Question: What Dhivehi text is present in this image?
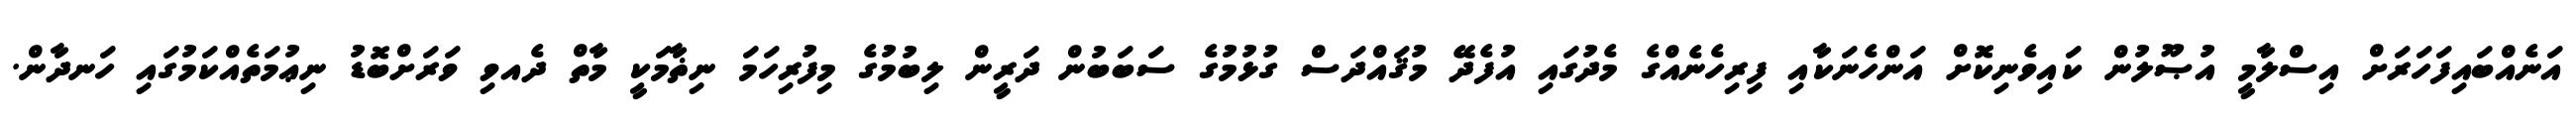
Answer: އަނެއްބައިފަހަރަށް އިސްލާމީ އުޞޫލުން ކައިވެނިކޮށް އަންހެނަކާއި ފިރިހެނެއްގެ މެދުގައި އުފެދޭ މުޤައްދަސް ގުޅުމުގެ ސަބަބުން ދަރީން ލިބުމުގެ މިފުރިހަމަ ނިޡާމަކީ މާތް ދެއވި ވަރަށްބޮޑު ނިޢުމަތެއްކަމުގައި ހަނދާން.